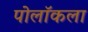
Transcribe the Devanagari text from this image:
पोलॉकला